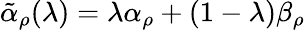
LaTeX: {\tilde{\alpha}}_{\rho}(\lambda)=\lambda\alpha_{\rho}+(1-\lambda)\beta_{\rho}